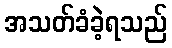
အသတ်ခံခဲ့ရသည်